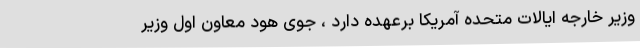
وزیر خارجه ایالات متحده آمریکا برعهده دارد ، جوی هود معاون اول وزیر